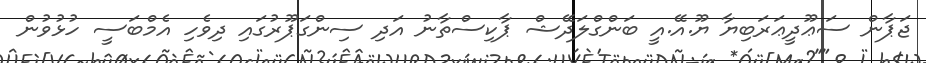
ޖަޕާން ސަޢޫދީޢަރަބިޔާ ޔޫ.އޭ.އީ ބަންގްލަދޭޝް ޕާކިސްތާނު އަދި ސިންގަޕޫރުގައި ދިވެހި އެމްބަސީ ހުޅުވުން